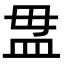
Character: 𥁉